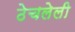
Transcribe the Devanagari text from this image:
ठेचलेली